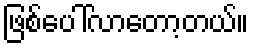
ဖြစ်ပေါ်လာတော့တယ်။